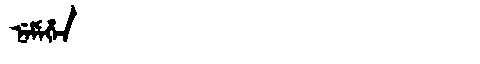
Manchu: ᠨᡝᠮᡝᡥᡝᠨ
Romanization: NEMEHEN